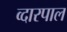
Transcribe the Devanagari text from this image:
व्दारपाल